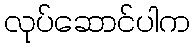
လုပ်ဆောင်ပါက